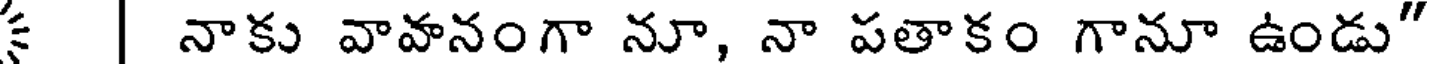
క | నాకు వావానంగా నూ, నా పతాకం గానూ ఉండు"